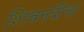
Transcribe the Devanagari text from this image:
शिवनदीचा